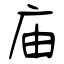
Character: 庙